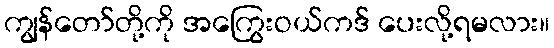
ကျွန်တော်တို့ကို အကြွေးဝယ်ကဒ် ပေးလို့ရမလား။